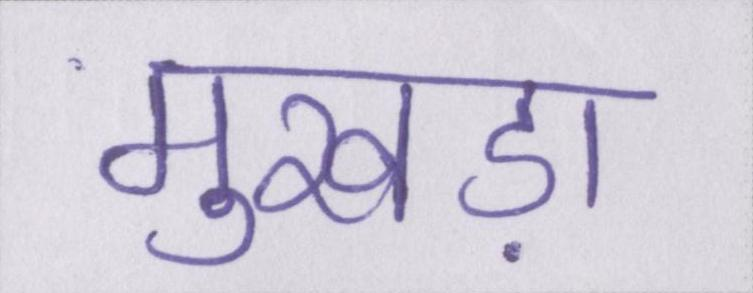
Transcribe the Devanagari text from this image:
मुखड़ा